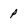
Character: p